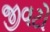
જીવટો